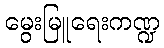
မွေးမြူရေးကဏ္ဍ